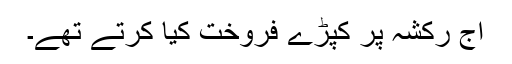
آج رکشہ پر کپڑے فروخت کیا کرتے تھے۔